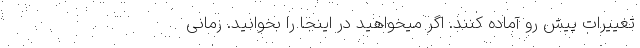
تغییرات پیش رو آماده کنند. اگر میخواهید در اینجا را بخوانید. زمانی